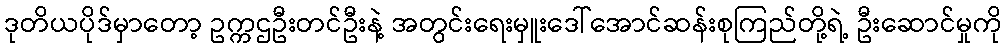
ဒုတိယပိုဒ်မှာတော့ ဥက္ကဌဦးတင်ဦးနဲ့ အတွင်းရေးမှူးဒေါ်အောင်ဆန်းစုကြည်တို့ရဲ့ ဦးဆောင်မှုကို